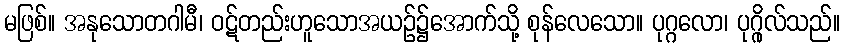
မဖြစ်။ အနုသောတဂါမီ၊ ဝဋ်တည်းဟူသောအယဉ်၌အောက်သို့ စုန်လေသော။ ပုဂ္ဂလော၊ ပုဂ္ဂိုလ်သည်။